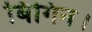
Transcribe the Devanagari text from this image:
बिगिन।